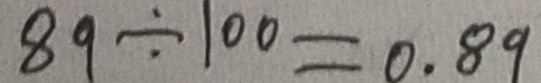
8 9 \div 1 0 0 = 0 . 8 9